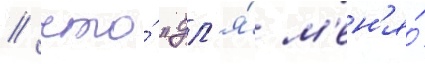
/ что́ "дл'я́ м'ен'я́